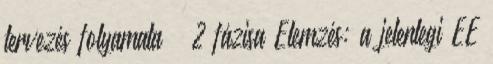
tervezés folyamata – 2 fázisa Elemzés: a jelenlegi EE